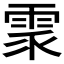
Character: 𩂢